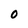
Character: O